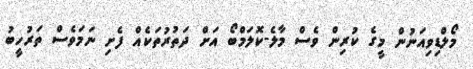
މޯލްޑިވިއަނުން މީގެ ކުރިން ވެސް މާލެ-ކޮލަމްބޯ އަށް ދަތުރުތަކެއް ފެށި ނަމަވެސް ތަރުހީބު